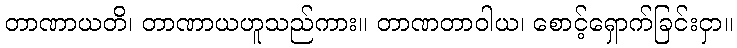
တာဏာယတိ၊ တာဏာယဟူသည်ကား။ တာဏတာဝါယ၊ စောင့်ရှောက်ခြင်းငှာ။